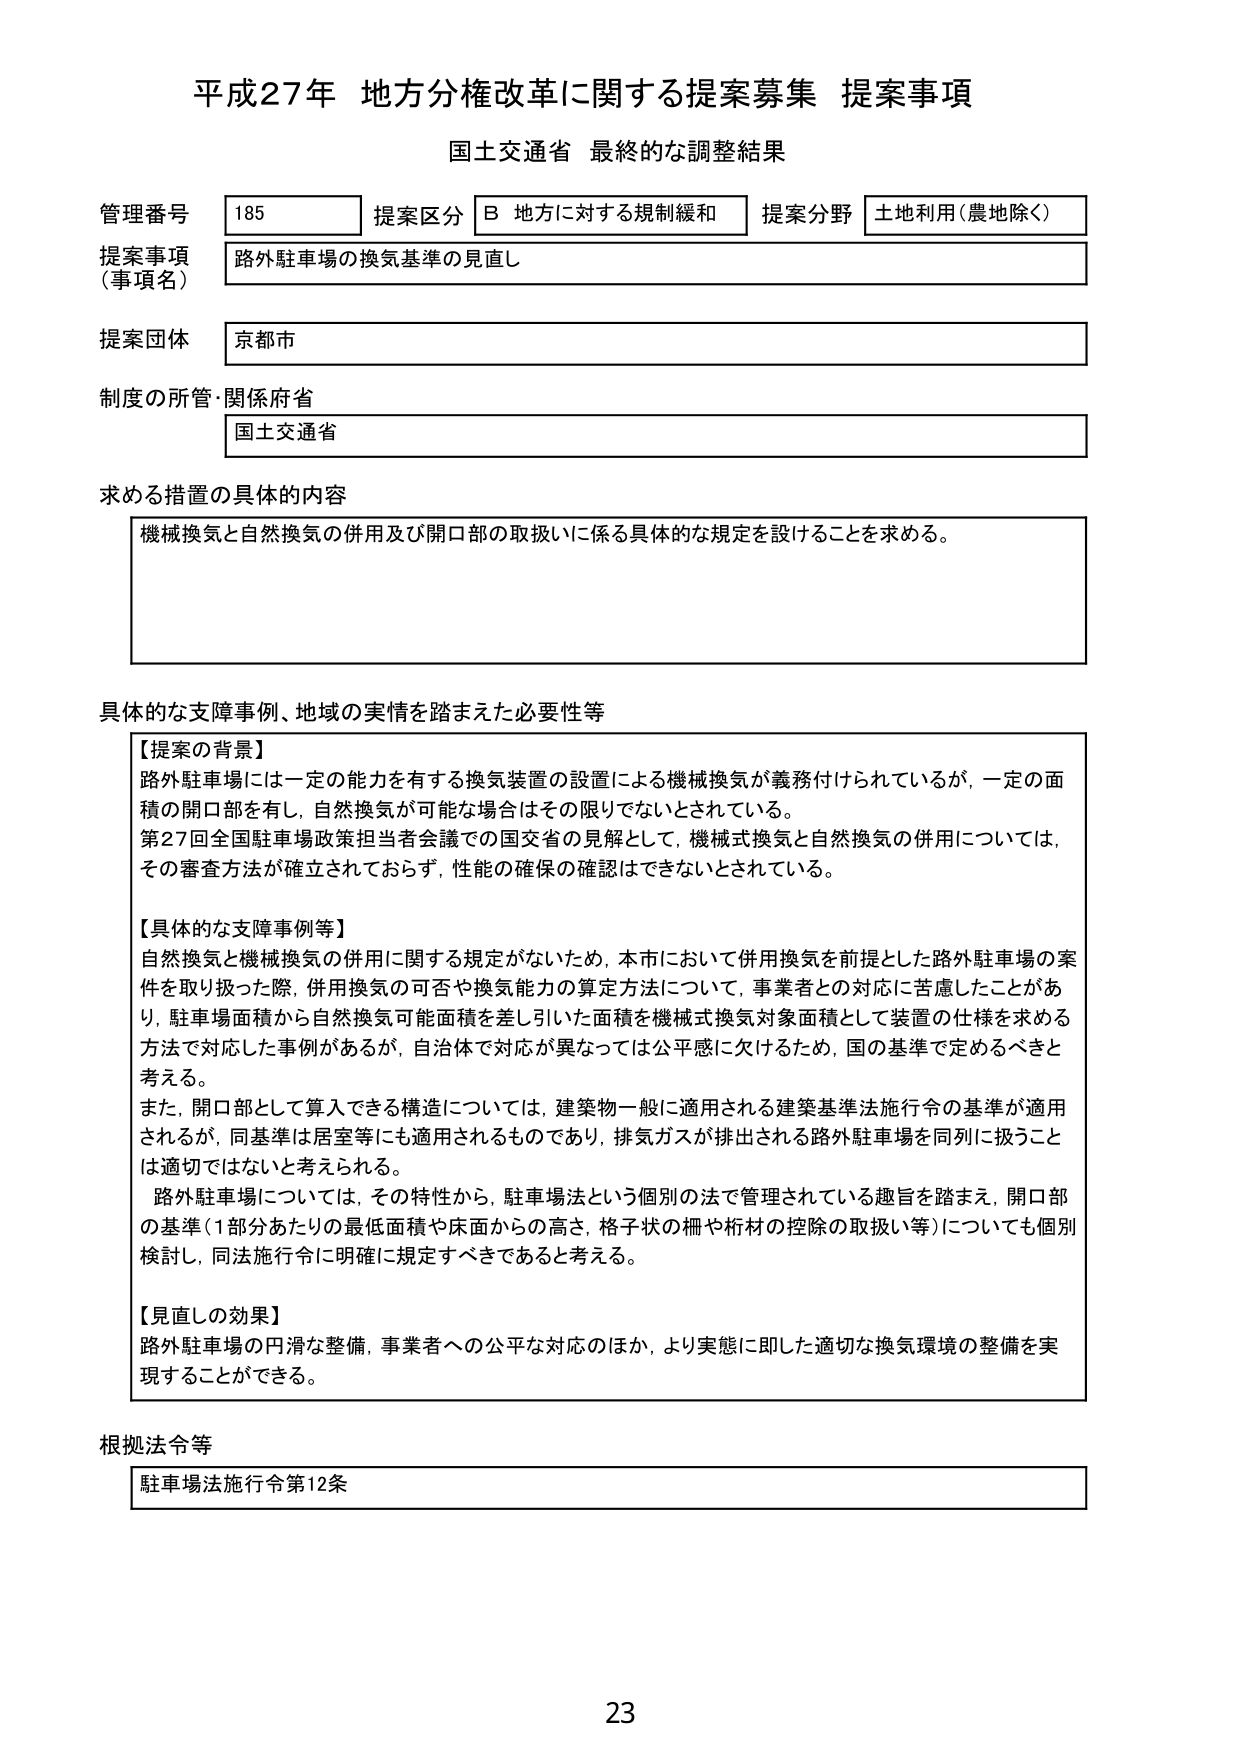
平成27年 地方分権改革に関する提案募集 提案事項
国土交通省 最終的な調整結果

管理番号 185 提案区分 B 地方に対する規制緩和 提案分野 土地利用（農地除く）
提案事項（事項名） 路外駐車場の換気基準の見直し
提案団体 京都市
制度の所管・関係府省 国土交通省

求める措置の具体的内容
機械換気と自然換気の併用及び開口部の取扱いに係る具体的な規定を設けることを求める。

具体的な支障事例、地域の実情を踏まえた必要性等
【提案の背景】
路外駐車場には一定の能力を有する換気装置の設置による機械換気が義務付けられているが、一定の面積の開口部を有し、自然換気が可能な場合はその限りでないとされている。
第27回全国駐車場政策担当者会議での国交省の見解として、機械式換気と自然換気の併用については、その審査方法が確立されておらず、性能の確保の確認はできないとされている。

【具体的な支障事例等】
自然換気と機械換気の併用に関する規定がないため、本市において併用換気を前提とした路外駐車場の案件を取り扱った際、併用換気の可否や換気能力の算定方法について、事業者との対応に苦慮したことがあり、駐車場面積から自然換気可能面積を差し引いた面積を機械式換気対象面積として装置の仕様を求める方法で対応した事例があるが、自治体で対応が異なっては公平感に欠けるため、国の基準で定めるべきと考える。
また、開口部として算入できる構造については、建築物一般に適用される建築基準法施行令の基準が適用されるが、同基準は居室等にも適用されるものであり、排気ガスが排出される路外駐車場を同列に扱うことは適切ではないと考えられる。
路外駐車場については、その特性から、駐車場法という個別の法で管理されている趣旨を踏まえ、開口部の基準（1部分あたりの最低面積や床面からの高さ、格子状の柵や桁材の控除の取扱い等）についても個別検討し、同法施行令に明確に規定すべきであると考える。

【見直しの効果】
路外駐車場の円滑な整備、事業者への公平な対応のほか、より実態に即した適切な換気環境の整備を実現することができる。

根拠法令等
駐車場法施行令第12条

23